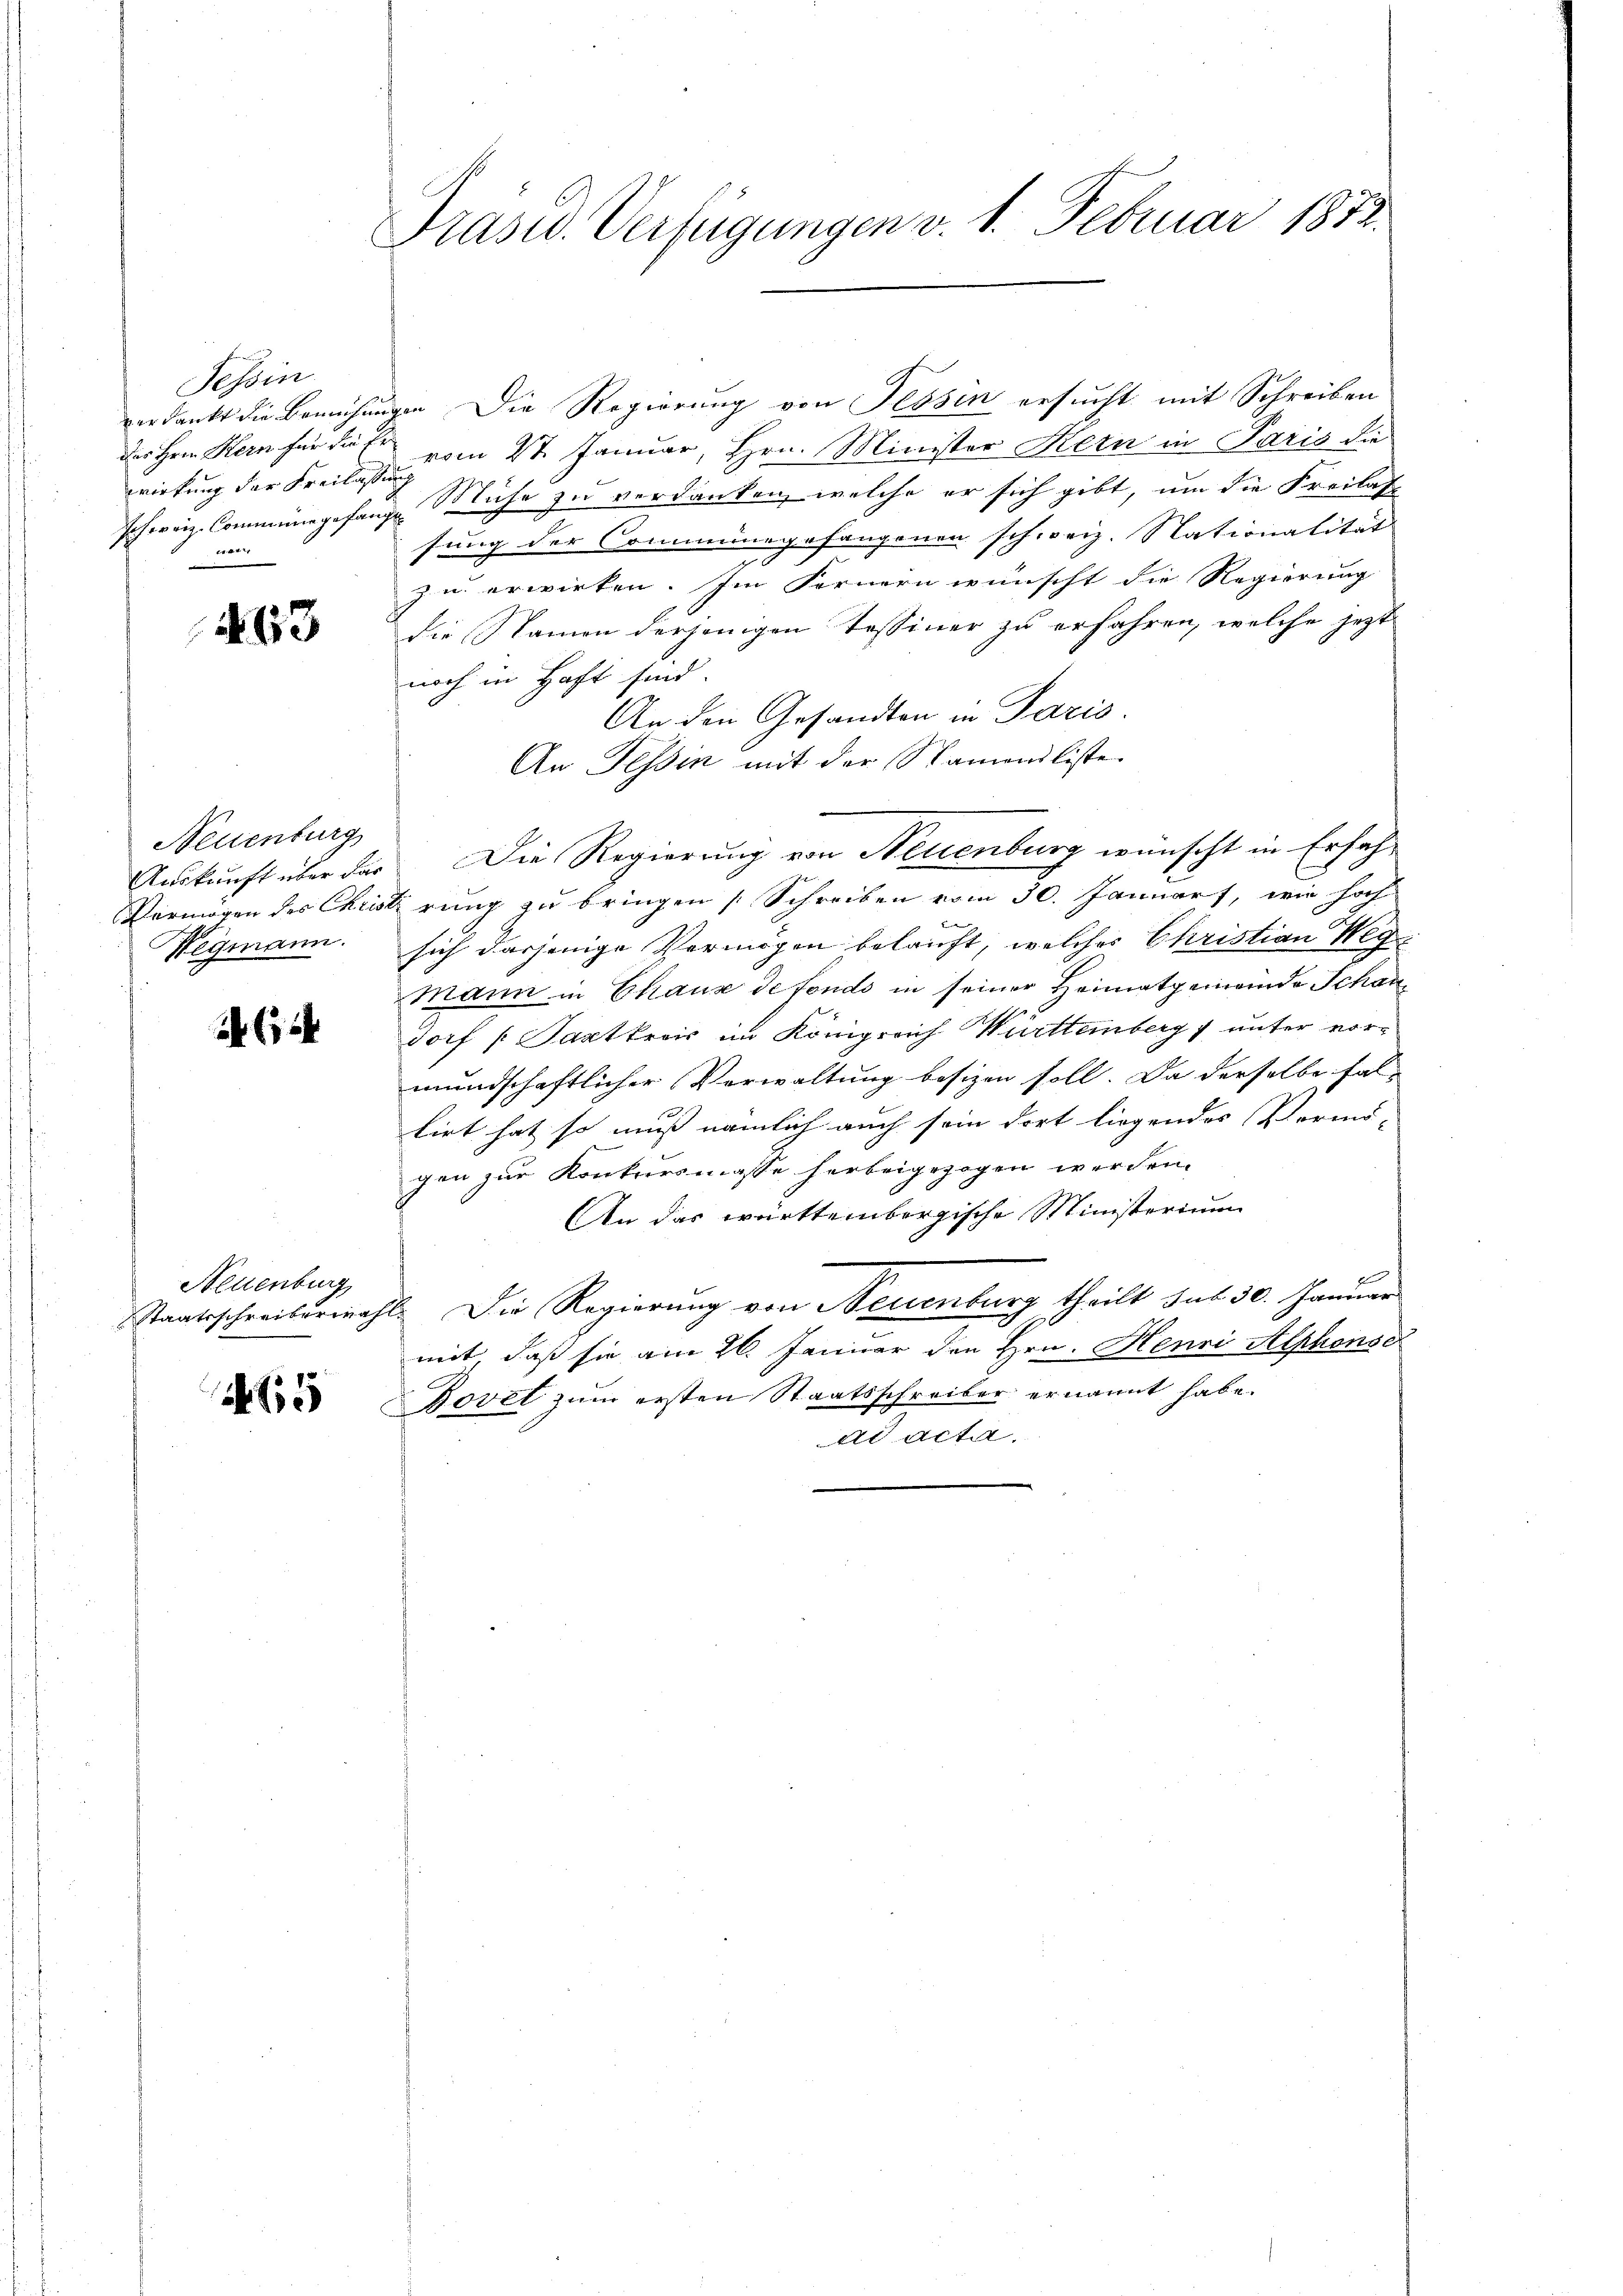
Tessin
wirkung der Freilassung
4x

43

Neuenburg
Wegmann.

(154

Neuenburg

155

Präsid. Verfügungen v. 1. Februar 1873.

h
verdankt die Bemühungen Die Regierung von Tessin ersucht mit Schreiben
des Herrn Hern für die vom 2te Januar, Hrn. Minister Kern in Paris die
schweiz. Commungefange Mühe zu verdanken, welche er sich gibt, um die Freilas-
sung der Commungefangenen schweiz. Nationalität
zu erwirken. Im Fernern wünscht die Regierung
die Namen derjenigen Tessiner zu erfahren, welche jetzt
noch in Haft sind.
An den Gesandten in Paris.
An Tessin mit der Nammiliste
Auskunft über das Die Regierung von Neuenburg wünscht in Erfah¬
Vermögen des Christirung zu bringen [Schreiben vom 30. Januars, wie hoch
t
sich dasjenige Vermögen belauft, welches Christian Weg-
Mann in Chaus de fondo in seiner Heimatgemeinde Schandorf (Saptkrois im Königreich Württemberg unter vormundschaftlicher Vorwaltung besizen soll. Da derselbe fallirt hat so muss nämlich auch sein dort liegendes Vermö-
gen zur Konkursmasse herbeigezogen werden.
An das württembergische Ministerium
Staatsschreibermahl. Die Regierung von Neuenburg theilt sub 30. Januar
mit daß sie am 26. Januar den Hrn. Henri Alphonse
Bovet zum ersten Staatsschreiber ernannt habe.
ad acta.